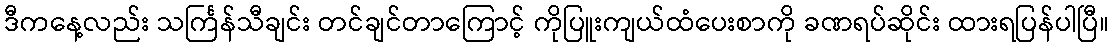
ဒီကနေ့လည်း သင်္ကြန်သီချင်း တင်ချင်တာကြောင့် ကိုပြူးကျယ်ထံပေးစာကို ခဏရပ်ဆိုင်း ထားရပြန်ပါပြီ။